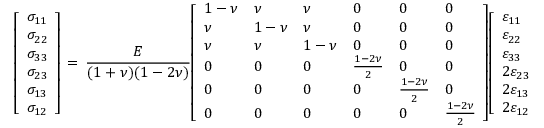
{ \left[ \begin{array} { l } { \sigma _ { 1 1 } } \\ { \sigma _ { 2 2 } } \\ { \sigma _ { 3 3 } } \\ { \sigma _ { 2 3 } } \\ { \sigma _ { 1 3 } } \\ { \sigma _ { 1 2 } } \end{array} \right] } \, = \, { \frac { E } { ( 1 + \nu ) ( 1 - 2 \nu ) } } { \left[ \begin{array} { l l l l l l } { 1 - \nu } & { \nu } & { \nu } & { 0 } & { 0 } & { 0 } \\ { \nu } & { 1 - \nu } & { \nu } & { 0 } & { 0 } & { 0 } \\ { \nu } & { \nu } & { 1 - \nu } & { 0 } & { 0 } & { 0 } \\ { 0 } & { 0 } & { 0 } & { { \frac { 1 - 2 \nu } { 2 } } } & { 0 } & { 0 } \\ { 0 } & { 0 } & { 0 } & { 0 } & { { \frac { 1 - 2 \nu } { 2 } } } & { 0 } \\ { 0 } & { 0 } & { 0 } & { 0 } & { 0 } & { { \frac { 1 - 2 \nu } { 2 } } } \end{array} \right] } { \left[ \begin{array} { l } { \varepsilon _ { 1 1 } } \\ { \varepsilon _ { 2 2 } } \\ { \varepsilon _ { 3 3 } } \\ { 2 \varepsilon _ { 2 3 } } \\ { 2 \varepsilon _ { 1 3 } } \\ { 2 \varepsilon _ { 1 2 } } \end{array} \right] }